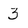
Character: 3